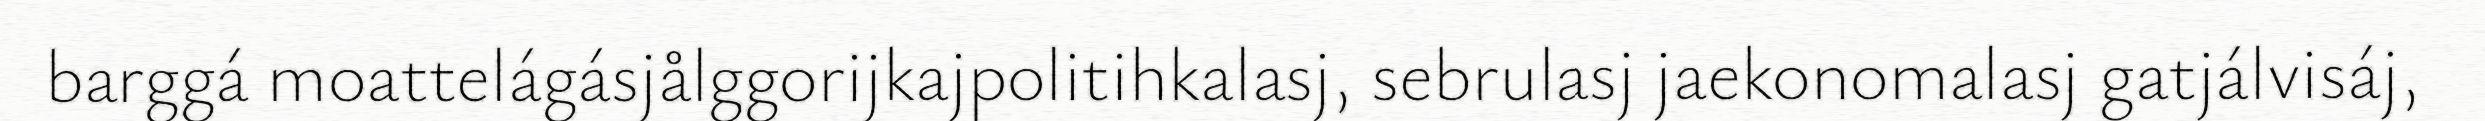
barggá moattelágásjålggorijkajpolitihkalasj, sebrulasj jaekonomalasj gatjálvisáj,